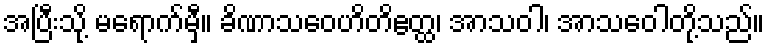
အပြီးသို့ မရောက်မှီ။ ခိဏာသဝေဟိတိဧတ္ထ၊ အာသဝါ၊ အာသဝေါတို့သည်။